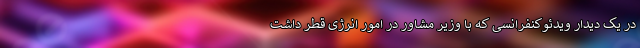
در یک دیدار ویدئوکنفرانسی که با وزیر مشاور در امور انرژی قطر داشت